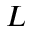
L